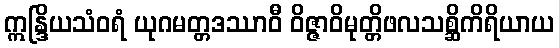
ဣန္ဒြိယသံဝရံ ယုဂမတ္တဒဿာဝီ ဝိဇ္ဇာဝိမုတ္တိဖလသစ္ဆိကိရိယာယ